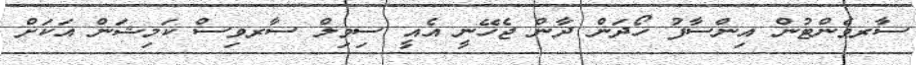
ސާރވެންޓުން އިންސާފު ހޯދަން ދާން ޖެހޭނީ އެއީ ސިވިލް ސާރވިސް ކަމިޝަން އަކަށް